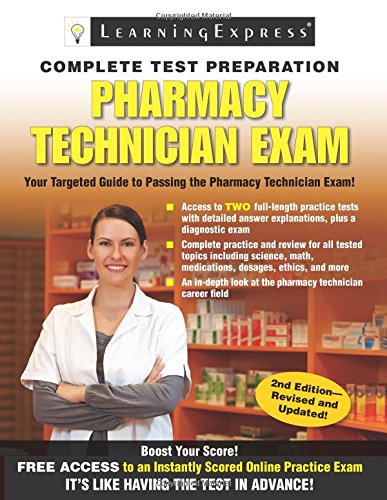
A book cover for Pharmacy Technician Exam; Learning Express Llc; Test Preparation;